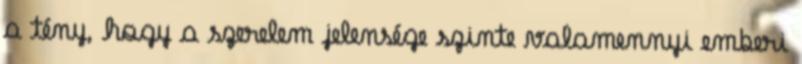
a tény, hogy a szerelem jelensége szinte valamennyi emberi